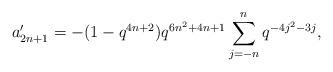
LaTeX: \begin{align*} a'_{2n+1} = -(1-q^{4n+2})q^{6n^2+4n+1}\sum_{j=-n}^{n}q^{-4j^2-3j},\end{align*}